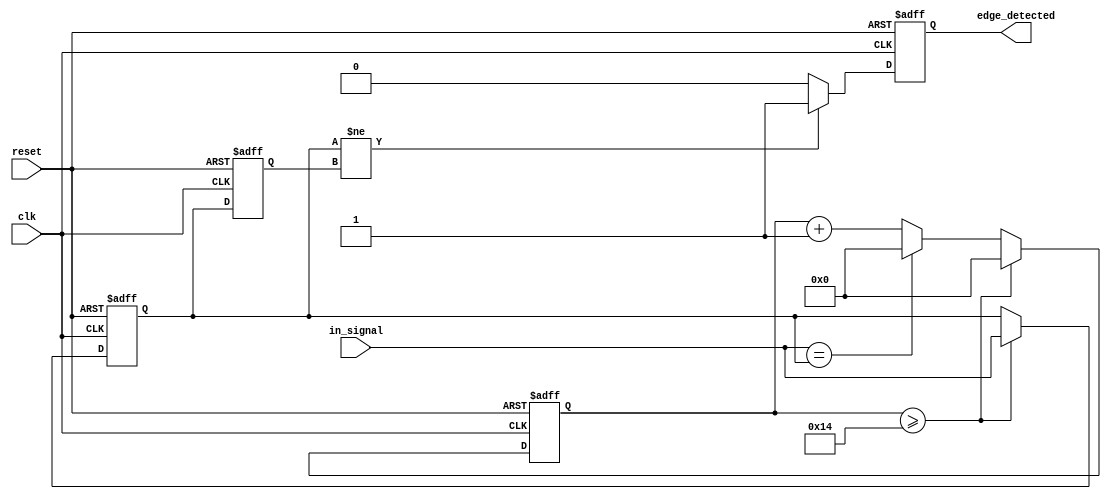
module DebouncedEdgeDetector (
    input wire clk,                // Clock signal
    input wire reset,              // Asynchronous reset signal
    input wire in_signal,          // Input signal from the switch
    output reg edge_detected       // Output signal indicating a valid edge
);

    // Parameters for debounce timing
    parameter DEBOUNCE_TIME = 20; // Debounce time in clock cycles
    reg [3:0] count;               // Counter for debounce timing
    reg in_signal_stable;          // Indicator for stable input signal
    reg prev_state;                // Previous state of the input signal

    // Initial conditions
    initial begin
        count = 0;
        edge_detected = 0;
        in_signal_stable = 0;
        prev_state = 0;
    end

    // Debounce logic
    always @(posedge clk or posedge reset) begin
        if (reset) begin
            count <= 0;
            edge_detected <= 0;
            in_signal_stable <= 0;
            prev_state <= 0;
        end else begin
            // Check if input signal is stable
            if (in_signal == in_signal_stable) begin
                count <= 0; // Reset counter if stable
            end else begin
                count <= count + 1; // Increment counter on change
            end

            // Update stable signal if the debounce time is reached
            if (count >= DEBOUNCE_TIME) begin
                in_signal_stable <= in_signal; // Signal is stable now
                count <= 0; // Reset count
            end

            // Edge detection logic
            if (in_signal_stable != prev_state) begin
                edge_detected <= 1; // Edge detected
            end else begin
                edge_detected <= 0; // No edge detected
            end

            // Update previous state
            prev_state <= in_signal_stable;
        end
    end

endmodule